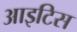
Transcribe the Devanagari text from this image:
आइटिस